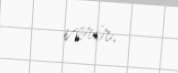
verir.